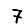
Digit: 7